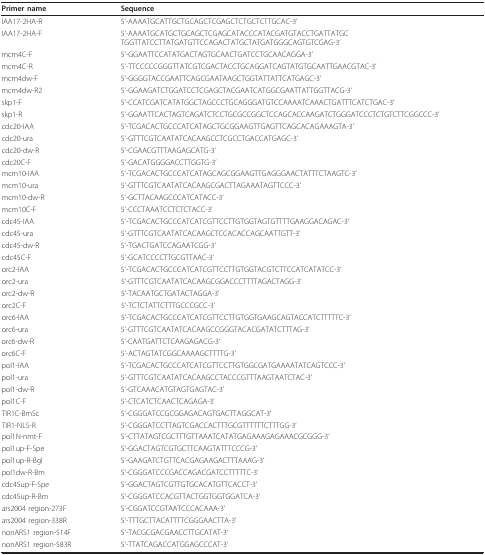
<table><thead><tr><td><b>Primer name</b></td><td><b>Sequence</b></td></tr></thead><tbody><tr><td>IAA17-2HA-R</td><td>5&#x27;-AAAATGCATTGCTGCAGCTCGAGCTCTGCTCTTGCAC-3&#x27;</td></tr><tr><td>IAA17-2HA-F</td><td>5&#x27;-AAAATGCATGCTGCAGCTCGAGCATACCCATACGATGTACCTGATTATGCTGGTTATCCTTATGATGTTCCAGACTATGCTATGATGGGCAGTGTCGAG-3&#x27;</td></tr><tr><td>mcm4C-F</td><td>5&#x27;-GGAATTCCATATGACTAGTGCAACTGATCCTGCAACAGGA-3&#x27;</td></tr><tr><td>mcm4C-R</td><td>5&#x27;-TTCCCCCGGGTTATCGTCGACTACCTGCAGGATCAGTATGTGCAATTGAACGTAC-3&#x27;</td></tr><tr><td>mcm4dw-F</td><td>5&#x27;-GGGGTACCGAATTCAGCGAATAAGCTGGTATTATTCATGAGC-3&#x27;</td></tr><tr><td>mcm4dw-R2</td><td>5&#x27;-GGAAGATCTGGATCCTCGAGCTACGAATCATGGCGAATTATTGGTTACG-3&#x27;</td></tr><tr><td>skp1-F</td><td>5&#x27;-CCATCGATCATATGGCTAGCCCTGCAGGGATGTCCAAAATCAAACTGATTTCATCTGAC-3&#x27;</td></tr><tr><td>skp1-R</td><td>5&#x27;-GGAATTCACTAGTCAGATCTCCTGCGCCGGCTCCAGCACCAAGATCTGGGATCCCTCTGTCTTCGGCCC-3&#x27;</td></tr><tr><td>cdc20-IAA</td><td>5&#x27;-TCGACACTGCCCATCATAGCTGCGGAAGTTGAGTTCAGCACAGAAAGTA-3&#x27;</td></tr><tr><td>cdc20-ura</td><td>5&#x27;-GTTTCGTCAATATCACAAGCCTCGCCTGACCATGAGC-3&#x27;</td></tr><tr><td>cdc20-dw-R</td><td>5&#x27;-CGAACGTTTAAGAGCATG-3&#x27;</td></tr><tr><td>cdc20C-F</td><td>5&#x27;-GACATGGGGACCTTGGTG-3&#x27;</td></tr><tr><td>mcm10-IAA</td><td>5&#x27;-TCGACACTGCCCATCATAGCAGCGGAAGTTGAGGGAACTATTTCTAAGTC-3&#x27;</td></tr><tr><td>mcm10-ura</td><td>5&#x27;-GTTTCGTCAATATCACAAGCGACTTAGAAATAGTTCCC-3&#x27;</td></tr><tr><td>mcm10-dw-R</td><td>5&#x27;-GCTTACAAGCCCATCATACC-3&#x27;</td></tr><tr><td>mcm10C-F</td><td>5&#x27;-CCCTAAATCCTCTCTACC-3&#x27;</td></tr><tr><td>cdc45-IAA</td><td>5&#x27;-TCGACACTGCCCATCATCGTTCCTTGTGGTAGTGTTTTGAAGGACAGAC-3&#x27;</td></tr><tr><td>cdc45-ura</td><td>5&#x27;-GTTTCGTCAATATCACAAGCTCCACACCAGCAATTGTT-3&#x27;</td></tr><tr><td>cdc45-dw-R</td><td>5&#x27;-TGACTGATCCAGAATCGG-3&#x27;</td></tr><tr><td>cdc45C-F</td><td>5&#x27;-GCATCCCCTTGCGTTAAC-3&#x27;</td></tr><tr><td>orc2-IAA</td><td>5&#x27;-TCGACACTGCCCATCATCGTTCCTTGTGGTACGTCTTCCATCATATCC-3&#x27;</td></tr><tr><td>orc2-ura</td><td>5&#x27;-GTTTCGTCAATATCACAAGCGGACCCTTTTAGACTAGG-3&#x27;</td></tr><tr><td>orc2-dw-R</td><td>5&#x27;-TACAATGCTGATACTAGGA-3&#x27;</td></tr><tr><td>orc2C-F</td><td>5&#x27;-TCTCTATTCTTTGCCCGCC-3&#x27;</td></tr><tr><td>orc6-IAA</td><td>5&#x27;-TCGACACTGCCCATCATCGTTCCTTGTGGTGAAGCAGTACCATCTTTTTC-3&#x27;</td></tr><tr><td>orc6-ura</td><td>5&#x27;-GTTTCGTCAATATCACAAGCCGGGTACACGATATCTTTAG-3&#x27;</td></tr><tr><td>orc6-dw-R</td><td>5&#x27;-CAATGATTCTCAAGAGACG-3&#x27;</td></tr><tr><td>orc6C-F</td><td>5&#x27;-ACTAGTATCGGCAAAAGCTTTTG-3&#x27;</td></tr><tr><td>pol1-IAA</td><td>5&#x27;-TCGACACTGCCCATCATCGTTCCTTGTGGCGATGAAAATATCAGTCCC-3&#x27;</td></tr><tr><td>pol1-ura</td><td>5&#x27;-GTTTCGTCAATATCACAAGCCTACCCGTTTAAGTAATCTAC-3&#x27;</td></tr><tr><td>pol1-dw-R</td><td>5&#x27;-GTCAAACATGTAGTGAGTAC-3&#x27;</td></tr><tr><td>pol1C-F</td><td>5&#x27;-CTCATCTCAACTCAGAGA-3&#x27;</td></tr><tr><td>TIR1C-BmSc</td><td>5&#x27;-CGGGATCCGCGGAGACAGTGACTTAGGCAT-3&#x27;</td></tr><tr><td>TIR1-NLS-R</td><td>5&#x27;-CGGGATCCTTAGTCGACCACTTTGCGTTTTTTCTTTGG-3&#x27;</td></tr><tr><td>pol1N-nmt-F</td><td>5&#x27;-CTTATAGTCGCTTTGTTAAATCATATGAGAAAGAGAAACGCGGG-3&#x27;</td></tr><tr><td>pol1up-F-Spe</td><td>5&#x27;-GGACTAGTCGTGCTTCAAGTATTTCCCG-3&#x27;</td></tr><tr><td>pol1up-R-Bgl</td><td>5&#x27;-GAAGATCTGTTCACGAGAAGACTTTAAAG-3&#x27;</td></tr><tr><td>pol1dw-R-Bm</td><td>5&#x27;-CGGGATCCCGACCAGACGATCCTTTTTC-3&#x27;</td></tr><tr><td>cdc45up-F-Spe</td><td>5&#x27;-GGACTAGTCGTTGTGCACATGTTCACCT-3&#x27;</td></tr><tr><td>cdc45up-R-Bm</td><td>5&#x27;-CGGGATCCACGTTACTGGTGGTGGATCA-3&#x27;</td></tr><tr><td>ars2004 region-273F</td><td>5&#x27;-CGGATCCGTAATCCCACAAA-3&#x27;</td></tr><tr><td>ars2004 region-338R</td><td>5&#x27;-TTTGCTTACATTTTCGGGAACTTA-3&#x27;</td></tr><tr><td>nonARS1 region-514F</td><td>5&#x27;-TACGCGACGAACCTTGCATAT-3&#x27;</td></tr><tr><td>nonARS1 region-583R</td><td>5&#x27;-TTATCAGACCATGGAGCCCAT-3&#x27;</td></tr></tbody></table>